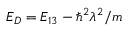
E _ { D } = E _ { 1 3 } - \hbar ^ { 2 } \lambda ^ { 2 } / m